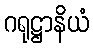
ဂရုဋ္ဌာနိယံ